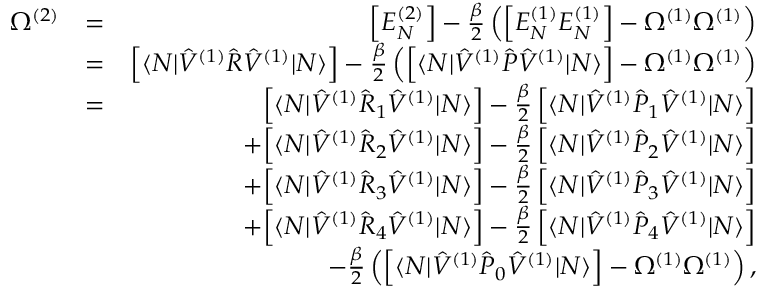
\begin{array} { r l r } { \Omega ^ { ( 2 ) } } & { = } & { \Big [ E _ { N } ^ { ( 2 ) } \Big ] - \frac { \beta } { 2 } \left( \Big [ E _ { N } ^ { ( 1 ) } E _ { N } ^ { ( 1 ) } \Big ] - \Omega ^ { ( 1 ) } \Omega ^ { ( 1 ) } \right) } \\ & { = } & { \Big [ \langle N | \hat { V } ^ { ( 1 ) } \hat { R } \hat { V } ^ { ( 1 ) } | N \rangle \Big ] - \frac { \beta } { 2 } \left( \Big [ \langle N | \hat { V } ^ { ( 1 ) } \hat { P } \hat { V } ^ { ( 1 ) } | N \rangle \Big ] - \Omega ^ { ( 1 ) } \Omega ^ { ( 1 ) } \right) } \\ & { = } & { \Big [ \langle N | \hat { V } ^ { ( 1 ) } \hat { R } _ { 1 } \hat { V } ^ { ( 1 ) } | N \rangle \Big ] - \frac { \beta } { 2 } \, \Big [ \langle N | \hat { V } ^ { ( 1 ) } \hat { P } _ { 1 } \hat { V } ^ { ( 1 ) } | N \rangle \Big ] } \\ & { } & { + \Big [ \langle N | \hat { V } ^ { ( 1 ) } \hat { R } _ { 2 } \hat { V } ^ { ( 1 ) } | N \rangle \Big ] - \frac { \beta } { 2 } \, \Big [ \langle N | \hat { V } ^ { ( 1 ) } \hat { P } _ { 2 } \hat { V } ^ { ( 1 ) } | N \rangle \Big ] } \\ & { } & { + \Big [ \langle N | \hat { V } ^ { ( 1 ) } \hat { R } _ { 3 } \hat { V } ^ { ( 1 ) } | N \rangle \Big ] - \frac { \beta } { 2 } \, \Big [ \langle N | \hat { V } ^ { ( 1 ) } \hat { P } _ { 3 } \hat { V } ^ { ( 1 ) } | N \rangle \Big ] } \\ & { } & { + \Big [ \langle N | \hat { V } ^ { ( 1 ) } \hat { R } _ { 4 } \hat { V } ^ { ( 1 ) } | N \rangle \Big ] - \frac { \beta } { 2 } \, \Big [ \langle N | \hat { V } ^ { ( 1 ) } \hat { P } _ { 4 } \hat { V } ^ { ( 1 ) } | N \rangle \Big ] } \\ & { } & { - \frac { \beta } { 2 } \left( \Big [ \langle N | \hat { V } ^ { ( 1 ) } \hat { P } _ { 0 } \hat { V } ^ { ( 1 ) } | N \rangle \Big ] - \Omega ^ { ( 1 ) } \Omega ^ { ( 1 ) } \right) , } \end{array}